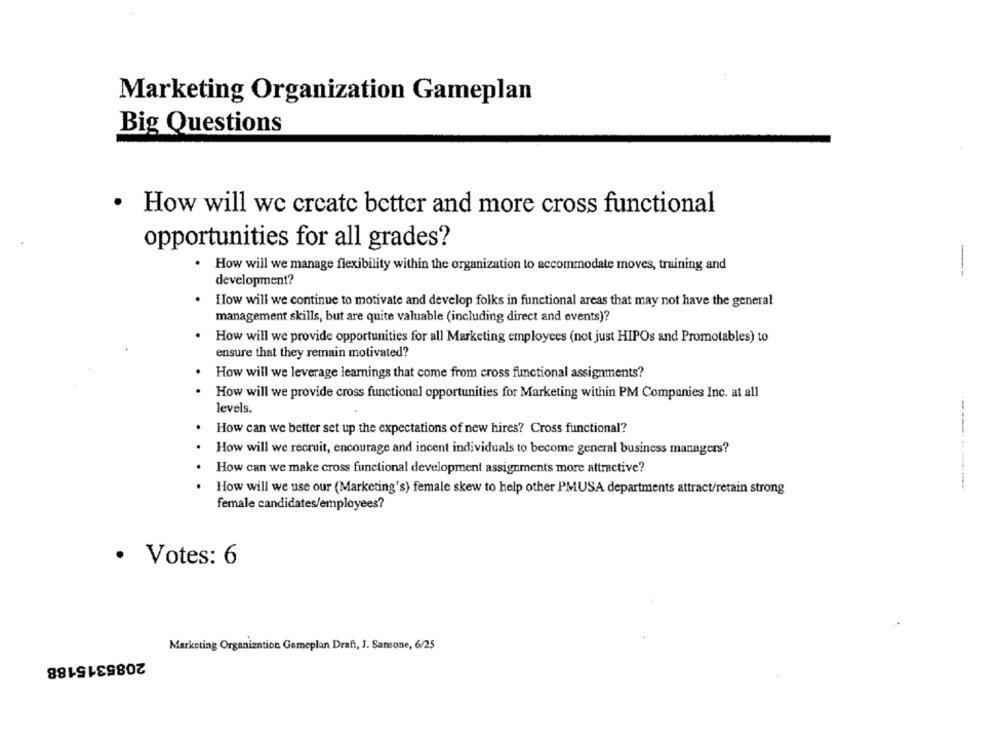
Marketing Organization Gameplan
Big Questions
· How will we create better and more cross functional
opportunities for all grades?
How will we manage flexibility within the organization to accommodate moves, training and
--
development?
How will we continue to motivate and develop folks in functional areas that may not have the general
management skills, but are quite valuable (including direct and events)?
How will we provide opportunities for all Marketing employees (not just HIPOs and Promotables) to
ensure that they remain motivated?
How will we leverage learnings that come from cross functional assignments?
How will we provide cross functional opportunities for Marketing within PM Companies Inc. at all
levels.
How can we better set up the expectations of new hires? Cross functional?
How will we recruit, encourage and incent individuals to become general business managers?
How can we make cross functional development assignments more attractive?
How will we use our (Marketing's) female skew to help other PMUSA departments attract/retain strong
female candidates/employees?
· Votes: 6
Marketing Organization Gameplan Draft, J. Sansone, 6/25
2085315188